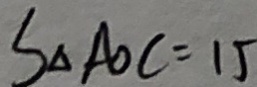
S _ { \Delta A O C } = 1 5